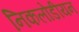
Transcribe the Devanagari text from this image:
निकलोडीयन